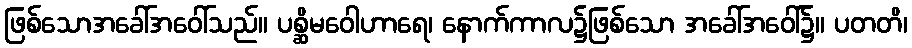
ဖြစ်သောအခေါ်အဝေါ်သည်။ ပစ္ဆိမဝေါဟာရေ၊ နောက်ကာလ၌ဖြစ်သော အခေါ်အဝေါ်၌။ ပတတိ၊